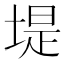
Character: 堤